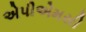
એપીએમસી